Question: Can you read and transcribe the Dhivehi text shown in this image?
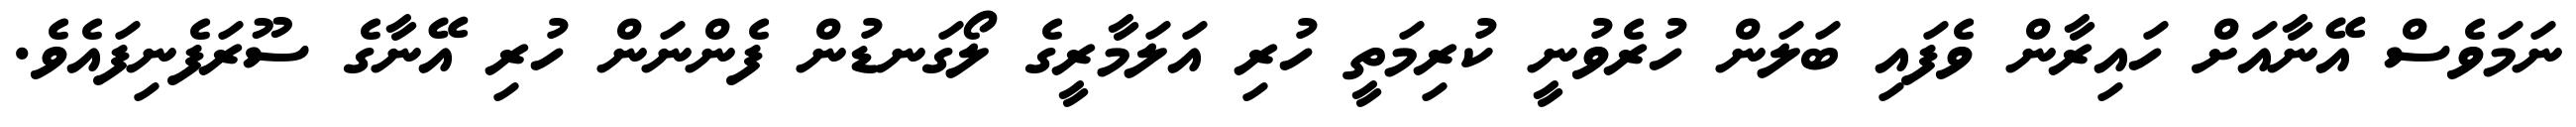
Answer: ނަމަވެސް އޭނާއަށް ހައިރާން ވެފައި ބަލަން ހުރެވުނީ ކުރިމަތީ ހުރި އަލަމާރީގެ ލޯގަނޑުން ފެންނަން ހުރި އޭނާގެ ސޫރަފެނިފައެވެ.